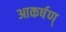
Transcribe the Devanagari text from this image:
आकर्षण्